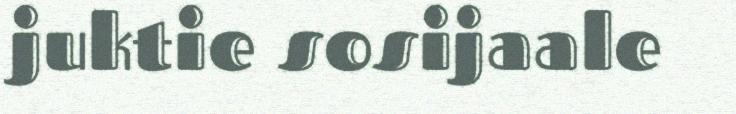
juktie sosijaale